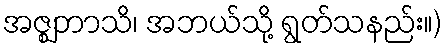
အဇ္ဈဘာသိ၊ အဘယ်သို့ ရွတ်သနည်း။)